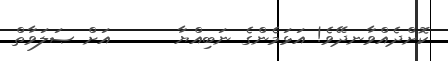
ކޮށްދެއްވާނދޭވެ! އަޅަމެންގެ ނަބިއްޔާ      އަށް ޞަލަވާތް